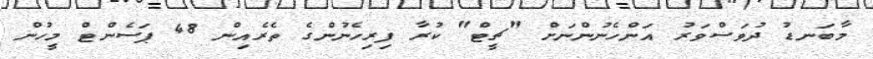
މާބަނޑު ދުވަސްވަރު އަންހެނުންނަށް "ޗީޓް" ކުރާ ފިރިހެނުންގެ ތެރެއިން 48 ޕަސެންޓް މީހުން